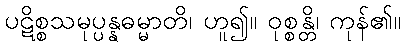
ပဋိစ္စသမုပ္ပန္နဓမ္မာတိ၊ ဟူ၍။ ဝုစ္စန္တိ၊ ကုန်၏။